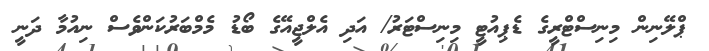
ޕްލޭނިން މިނިސްޓްރީގެ ޑެޕިއުޓީ މިނިސްޓަރު/ އަދި އެލްޖީއޭގެ ބޯޑު މެމްބަރުކަންވެސް ނިއުމާ ދަނީ